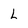
Character: L